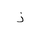
Letter: _thal